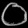
Digit: ၀